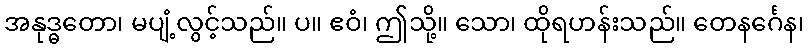
အနုဒ္ဓတော၊ မပျံ့လွင့်သည်။ ပ။ ဧဝံ၊ ဤသို့။ သော၊ ထိုရဟန်းသည်။ တေနင်္ဂေန၊